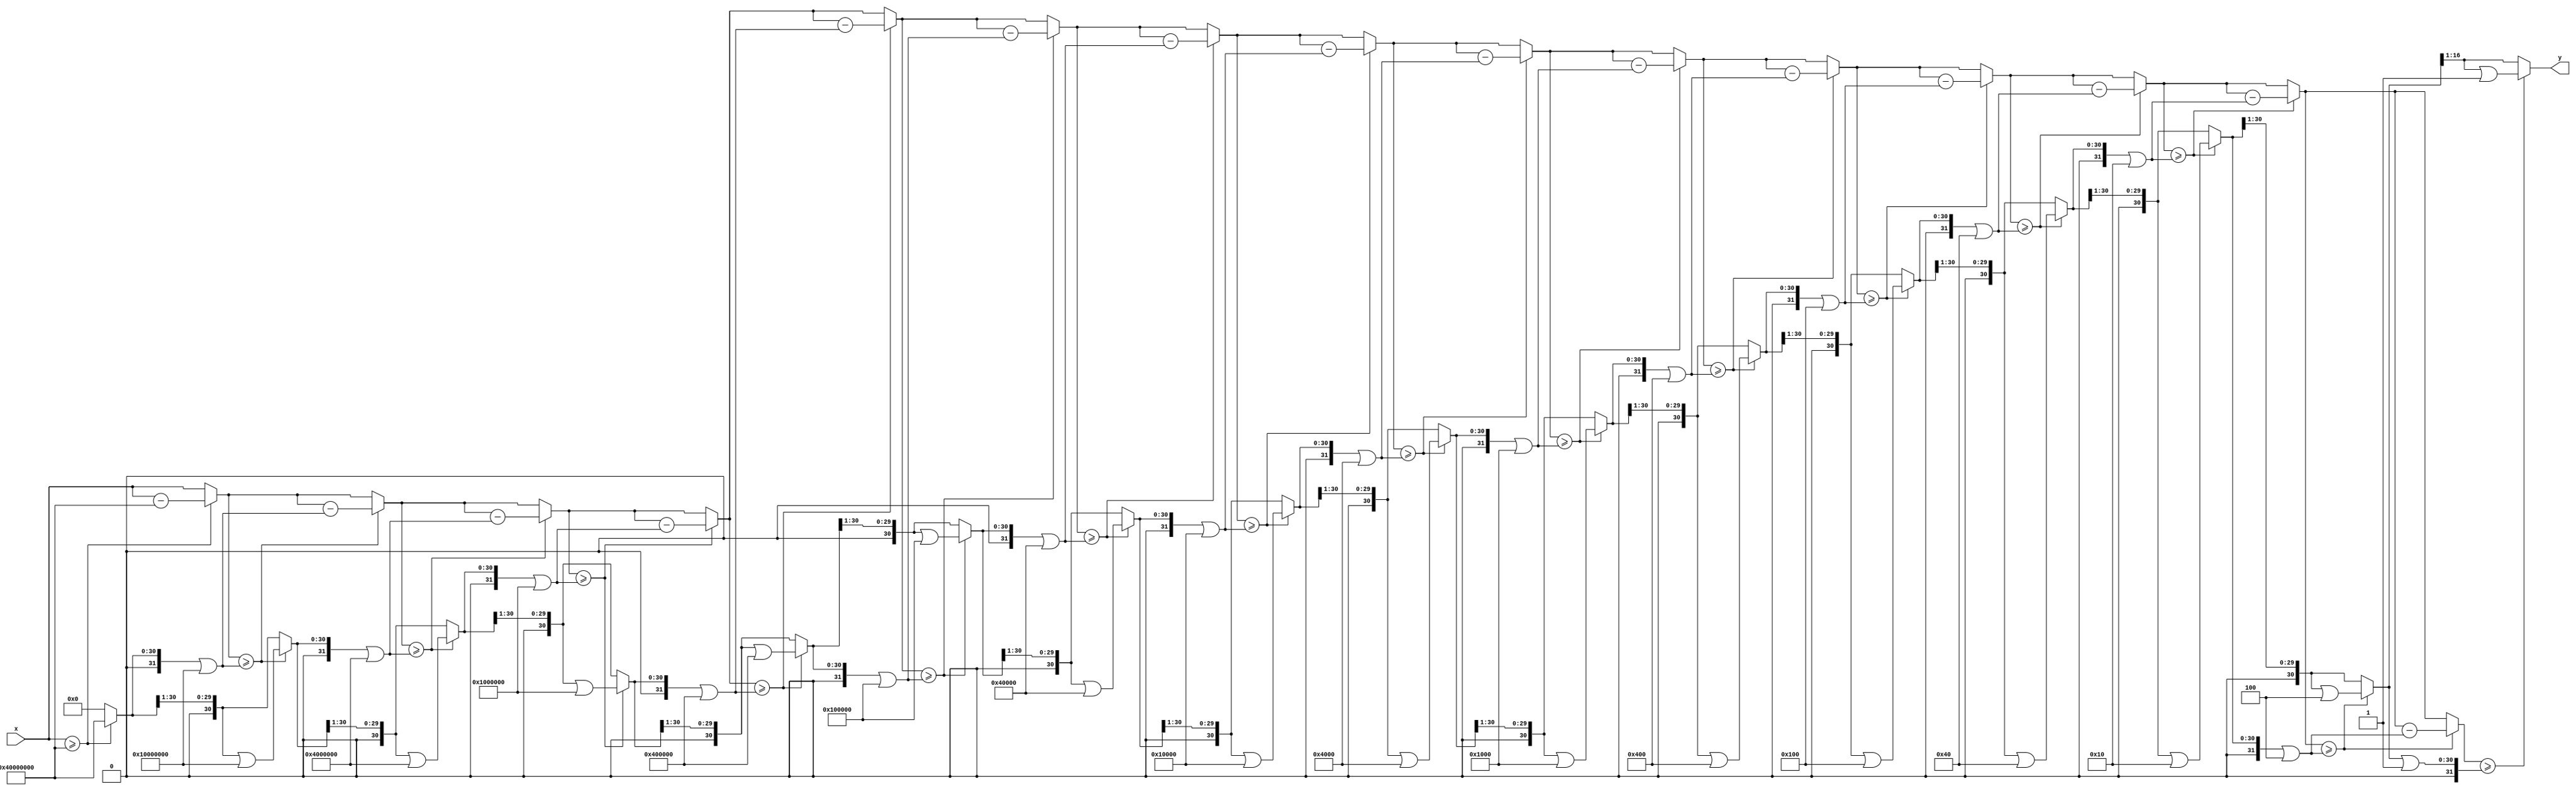
module isqrt
(
    input      [31:0] x,
    output reg [15:0] y
);

    reg [31:0] m, tx, ty, b;

    always @*
    begin
        m  = 31'h4000_0000;
        tx = x;
        ty = 0;
    
        repeat (16)
        begin
            b  = ty |  m;
            ty = ty >> 1;
            
            if (tx >= b)
            begin
                tx = tx - b;
                ty = ty | m;
            end
            
            m = m >> 2;
        end

        y = ty [15:0];
    end

endmodule